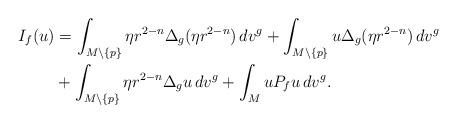
LaTeX: \begin{align*}I_f(u)&=\int_{M\setminus\{p\}}\eta r^{2-n}\Delta_g(\eta r^{2-n})\,dv^g+\int_{M\setminus\{p\}}u\Delta_g(\eta r^{2-n})\,dv^g\\&{}+\int_{M\setminus\{p\}}\eta r^{2-n}\Delta_gu\,dv^g+\int_{M}uP_fu\,dv^g.\end{align*}